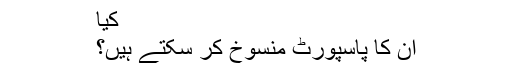
کیا
ان کا پاسپورٹ منسوخ کر سکتے ہیں؟